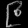
Digit: ၉